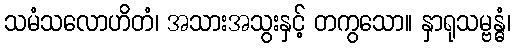
သမံသလောဟိတံ၊ အသားအသွးနှင့် တကွသော။ နှာရုသမ္ဗန္ဓံ၊